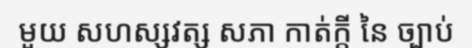
មួយ សហស្សវត្ស សភា កាត់ក្តី នៃ ច្បាប់